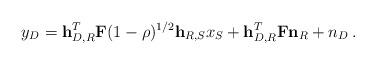
LaTeX: \begin{align*}y_D = \mathbf{h}_{D,R}^T \mathbf{F} (1 - \rho)^{1/2} \mathbf{h}_{R,S}x_S + \mathbf{h}_{D,R}^T \mathbf{F} \mathbf{n}_R + n_D\,.\end{align*}